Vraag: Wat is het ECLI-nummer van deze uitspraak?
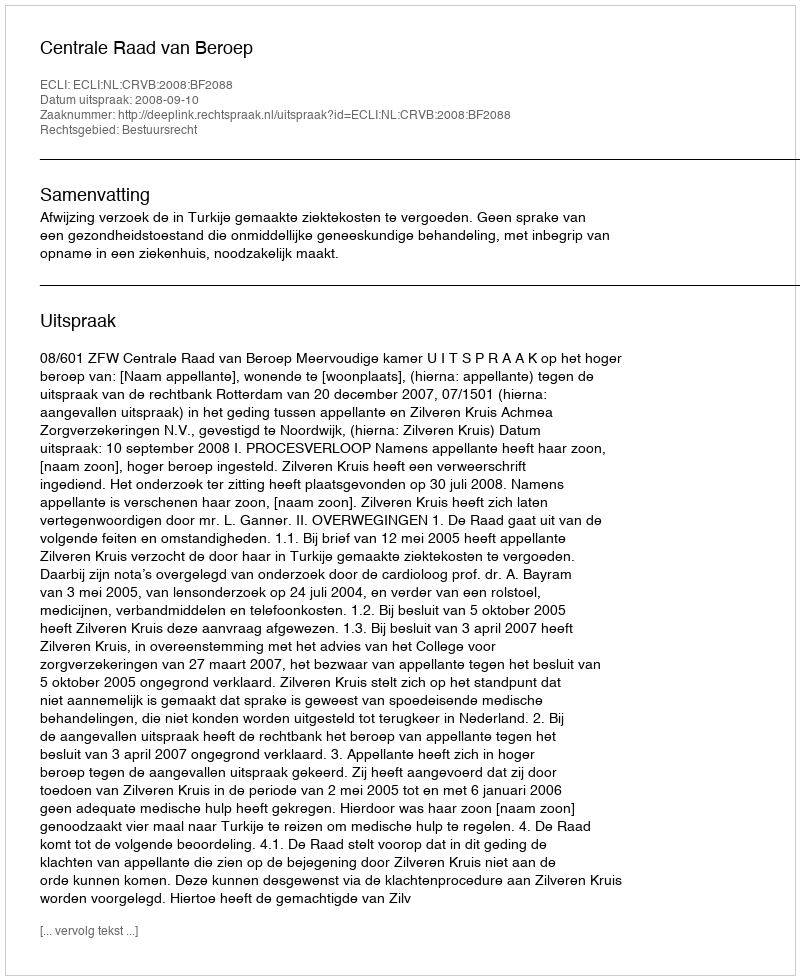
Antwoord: ECLI:NL:CRVB:2008:BF2088